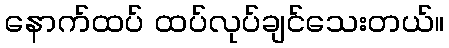
နောက်ထပ် ထပ်လုပ်ချင်သေးတယ်။